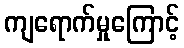
ကျရောက်မှုကြောင့်